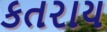
કતરાય